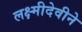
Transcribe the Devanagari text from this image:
लक्ष्मीदेवीने